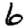
Digit: 6